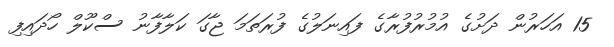
15 އަހަރުން ދަށުގެ އުމުރުފުރާގެ ފައިނަލުގެ ފުރަތަމަ ޖާގަ ކަލާފާނު ސްކޫލް ހޯދައިފި